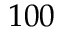
1 0 0